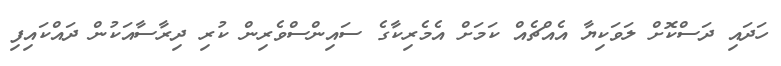
ހަދައި ދަސްކޮށް ލަވަކިޔާ އެއްޗެއް ކަމަށް އެމެރިކާގެ ސައިންސްވެރިން ކުރި ދިރާސާއަކުން ދައްކައިފި